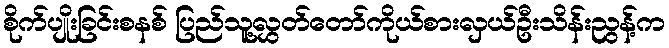
စိုက်ပျိုးခြင်းစနစ် ပြည်သူ့လွှတ်တော်ကိုယ်စားလှယ်ဦးသိန်းညွန့်က